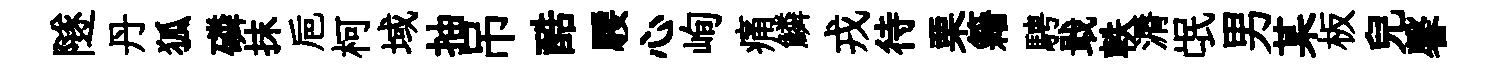
隧丹狐磷抹巵柯域抽吊酷騕心峋痛鱗戎待栗籍騁戢軼漘氓男某板兒馨